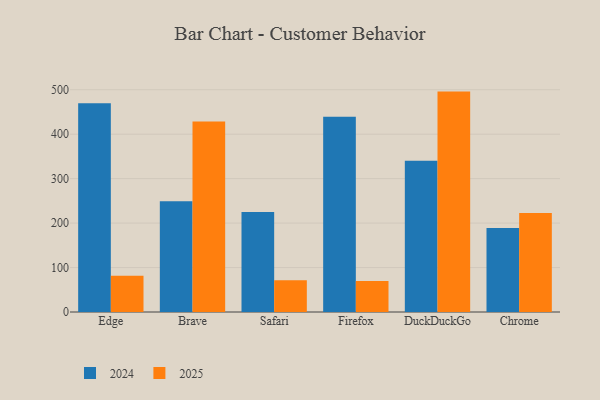
{"axis": {"x": "Browser", "y": "Demand Index"}, "legend": ["2024", "2025"], "data": [{"x": "Edge", "y": 81.4, "type": "2025"}, {"x": "Edge", "y": 469.6, "type": "2024"}, {"x": "Brave", "y": 428.3, "type": "2025"}, {"x": "Brave", "y": 248.9, "type": "2024"}, {"x": "Safari", "y": 71.5, "type": "2025"}, {"x": "Safari", "y": 224.7, "type": "2024"}, {"x": "Firefox", "y": 69.6, "type": "2025"}, {"x": "Firefox", "y": 439.3, "type": "2024"}, {"x": "DuckDuckGo", "y": 495.8, "type": "2025"}, {"x": "DuckDuckGo", "y": 340.4, "type": "2024"}, {"x": "Chrome", "y": 222.8, "type": "2025"}, {"x": "Chrome", "y": 189.2, "type": "2024"}]}